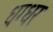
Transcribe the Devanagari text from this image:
धग्धर